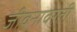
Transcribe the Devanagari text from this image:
जीवनावरती